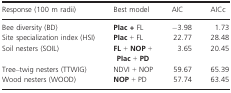
<table><thead><tr><td><b>Response (100 m radii)</b></td><td><b>Best model</b></td><td><b>AIC</b></td><td><b>AICc</b></td></tr></thead><tbody><tr><td>Bee diversity (BD)</td><td><b>PIac +</b> FL</td><td>−3.98</td><td>1.73</td></tr><tr><td>Site specialization index (HSI)</td><td><b>PIac</b> + FL</td><td>22.77</td><td>28.48</td></tr><tr><td>Soil nesters (SOIL)</td><td><b>FL</b> + <b>NOP</b> + <b>PIac</b> + <b>PD</b></td><td>3.65</td><td>20.45</td></tr><tr><td>Tree–twig nesters (TTWIG)</td><td>NDVI + NOP</td><td>59.67</td><td>65.39</td></tr><tr><td>Wood nesters (WOOD)</td><td><b>NOP</b> + PD</td><td>57.74</td><td>63.45</td></tr></tbody></table>